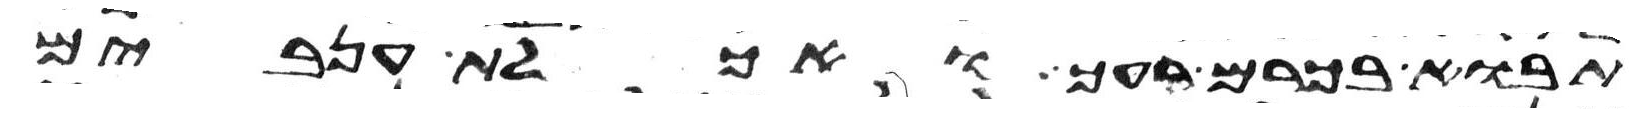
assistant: תבוא בכרם רעך ואכלת ענבים